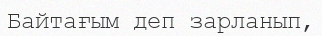
Байтағым деп зарланып,